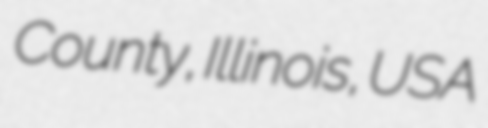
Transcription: County, Illinois, USA